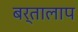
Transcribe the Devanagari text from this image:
बर्तालाप